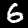
Digit: 6